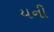
યની